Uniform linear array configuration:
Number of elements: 16
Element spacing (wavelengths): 0.75
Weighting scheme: kaiser
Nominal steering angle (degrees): -15
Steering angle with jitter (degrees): -13.201
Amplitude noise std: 0.05
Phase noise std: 0.05

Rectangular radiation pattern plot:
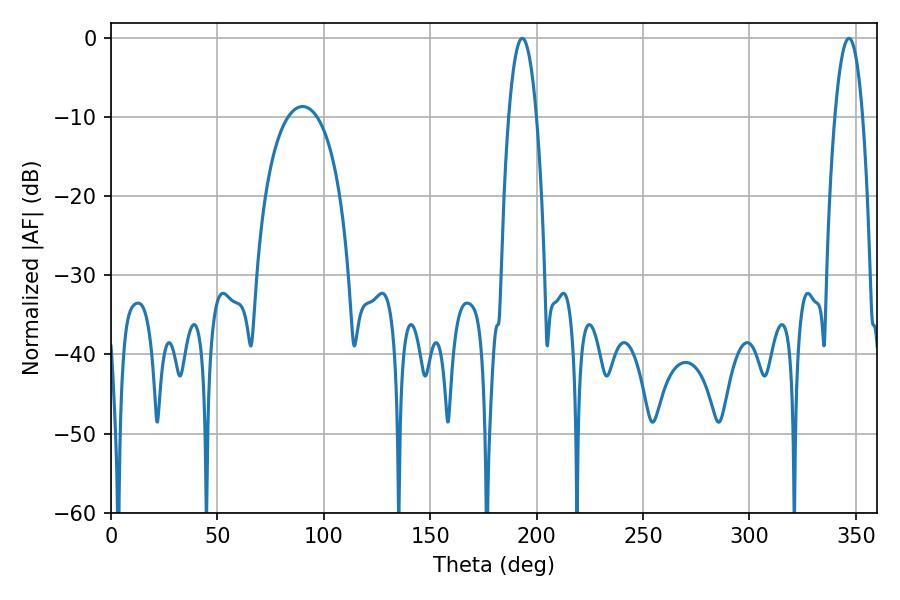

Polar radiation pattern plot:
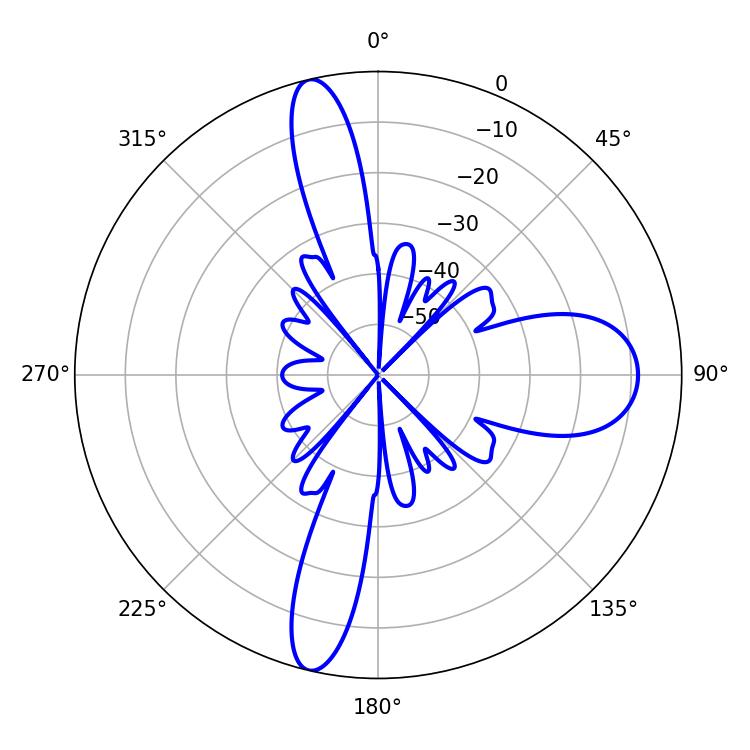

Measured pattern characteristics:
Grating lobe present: TRUE
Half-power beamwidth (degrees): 7.2
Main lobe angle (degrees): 193.32